Statistics compiled by the Government of India from the reports of provincial Civil Veterinary Departments
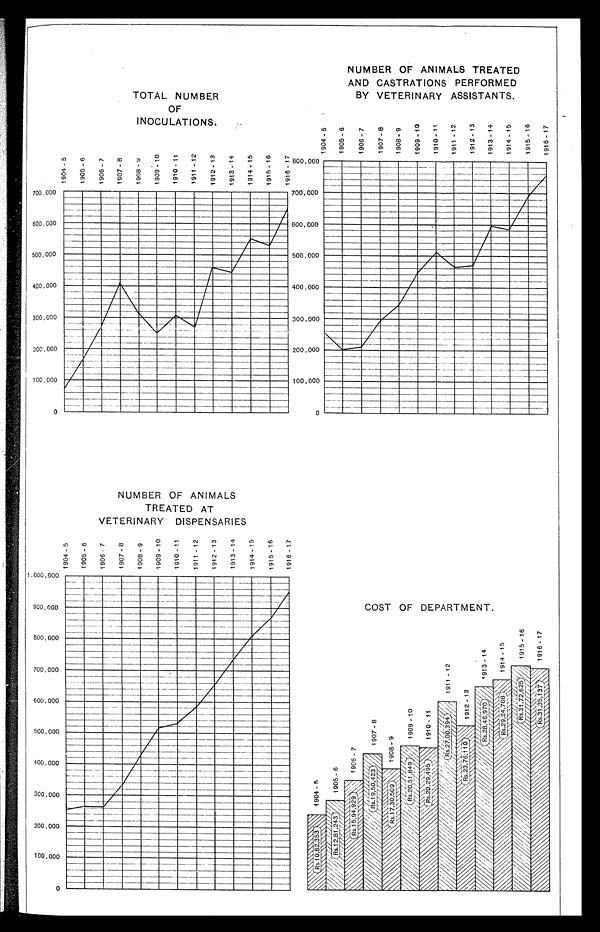
TOTAL NUMBER
OF
INOCULATIONS.
NUMBER OF ANIMALS TREATED
AND CASTRATIONS PERFORMED
BY VETERINARY ASSISTANTS.
NUMBER OF ANIMALS
TREATED AT
VETERINARY
DISPENSARIES
COST OF DEPARTMENT.